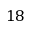
1 8